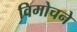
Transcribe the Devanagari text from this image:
विमोचने